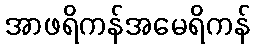
အာဖရိကန်အမေရိကန်